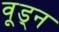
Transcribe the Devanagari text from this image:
वूड्न